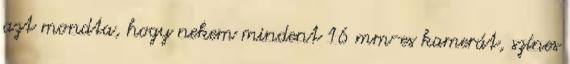
azt mondta, hogy nekem mindent 16 mm-es kamerát, színes